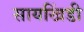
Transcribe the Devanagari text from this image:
सायखिंडी